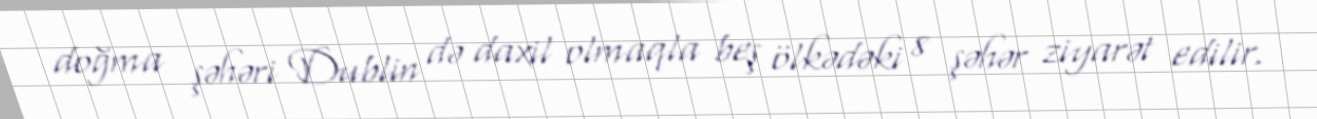
doğma şəhəri Dublin də daxil olmaqla beş ölkədəki 8 şəhər ziyarət edilir.